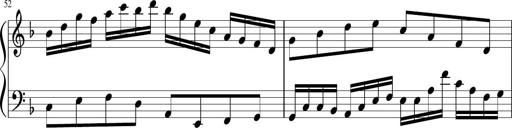
Title: Sonatina in F major
Composer: Ethan Ngo
Key: F major